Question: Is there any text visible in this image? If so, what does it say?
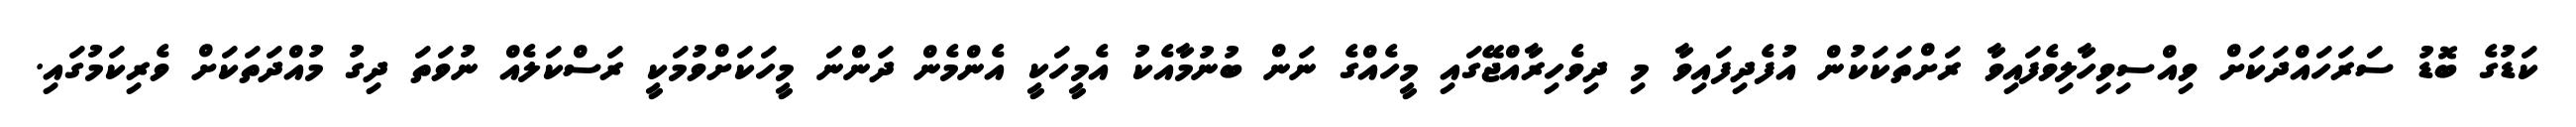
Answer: ކަޑުގެ ބޮޑު ސަރަހައްދަކަށް ވިއްސިވިހާލިވެފައިވާ ރަށްތަކަކުން އުފެދިފައިވާ މި ދިވެހިރާއްޖޭގައި މީހެއްގެ ނަން ބުނުމާއެކު އެމީހަކީ އެންމެން ދަންނަ މީހަކަށްވުމަކީ ރަސްކަލެއް ނުވަތަ ދިގު މުއްދަތަކަށް ވެރިކަމުގައި.